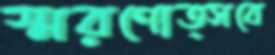
স্মরণোত্সবে